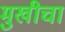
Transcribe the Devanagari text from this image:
मुखीचा